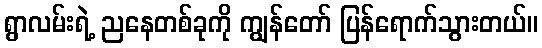
ရွာလမ်းရဲ့ ညနေတစ်ခုကို ကျွန်တော် ပြန်ရောက်သွားတယ်။